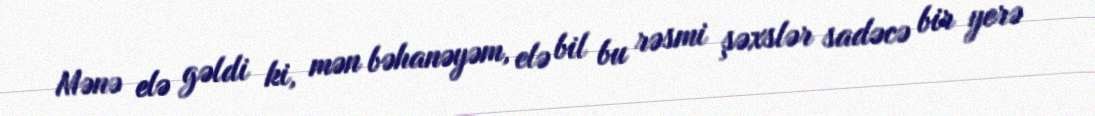
Mənə elə gəldi ki, mən bəhanəyəm, elə bil bu rəsmi şəxslər sadəcə bir yerə